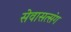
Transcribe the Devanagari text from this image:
सेवासत्संग